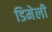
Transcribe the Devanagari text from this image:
डिमेली